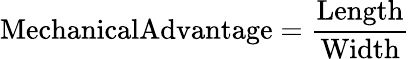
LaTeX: \mathrm{{MechanicalAdvantage={\frac{Length}{Width}}}}